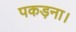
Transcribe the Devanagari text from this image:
पकड़ना।